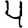
Digit: 4